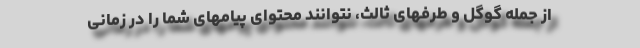
از جمله گوگل و طرفهای ثالث، نتوانند محتوای پیامهای شما را در زمانی